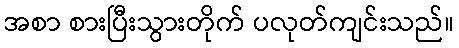
အစာ စားပြီးသွားတိုက် ပလုတ်ကျင်းသည်။